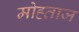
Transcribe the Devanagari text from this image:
मोह्ताज